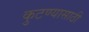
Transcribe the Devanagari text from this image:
कुटण्यासाठी